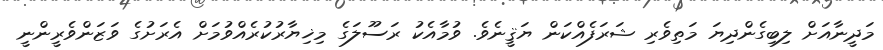
މަދީނާއަށް ލިބިގެންދިޔަ މަތިވެރި ޝަރަފެއްކަން ޔަޤީނެވެ. ވުމާއެކު ރަސޫލަގެ މިޚިޔާރުކުރެއްވުމަށް އެރަށުގެ ވަޒަންވެރީންނީ